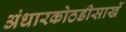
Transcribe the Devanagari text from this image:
अंधारकोठडीसार्खे